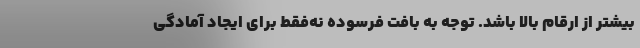
بیشتر از ارقام بالا باشد. توجه به بافت فرسوده نه‌فقط برای ایجاد آمادگی